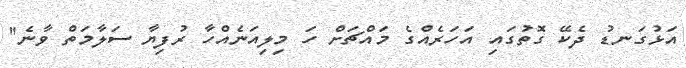
އަޅުގަނޑު ދެކޭ ގޮތުގައި އަހަރެއްގެ މައްޗަށް ހަ މިލިއަނެއްްހާ ރުފިޔާ ސަލާމަތް ވާނެ"